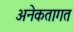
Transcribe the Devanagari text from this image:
अनेकतागत